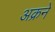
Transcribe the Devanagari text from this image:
अक्रने